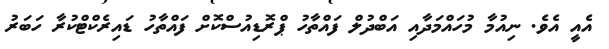
އެއީ އެވެ. ނިއުމާ މުހައްމަދާއި އަބްދުލް ފައްތާހު ޕްރޮޑިއުސްކޮށް ފައްތާހު ޑައިރެކްޓްކުރާ ހަބަރު